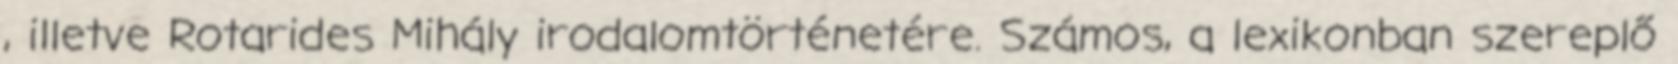
, illetve Rotarides Mihály irodalomtörténetére. Számos, a lexikonban szereplő